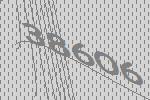
38606